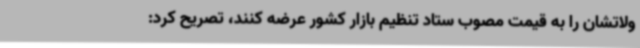
ولاتشان را به قیمت مصوب ستاد تنظیم بازار کشور عرضه کنند، تصریح کرد: